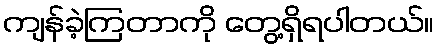
ကျန်ခဲ့ကြတာကို တွေ့ရှိရပါတယ်။